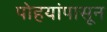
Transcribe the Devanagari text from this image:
पोहयांपासून